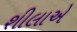
શીલાએ